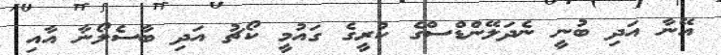
އޭނާ އަދި ބުނީ ނެދަލޭންޑްސްގެ ކުރީގެ ގައުމީ ކޯޗު އަދި ބާސެލޯނާ އާއި